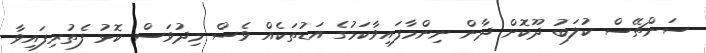
ސަންޗޭސް ކުލަބު ދޫކޮށް ދާން ނިންމާފައިވާކަމުގެ އަޑުތަކެއް ވެސް މިދުވަސް ކޮޅު ފެތުރިފައިވާ